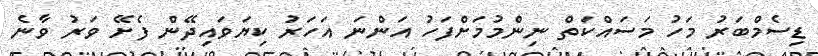
ޑިސެމްބަރު މަހު މަސައްކަތް ނިންމުމަށްފަހު އަންނަ އަހަރު ކިޔަވައިދޭން ފެށޭ ވަރު ވާނެ